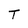
Character: T